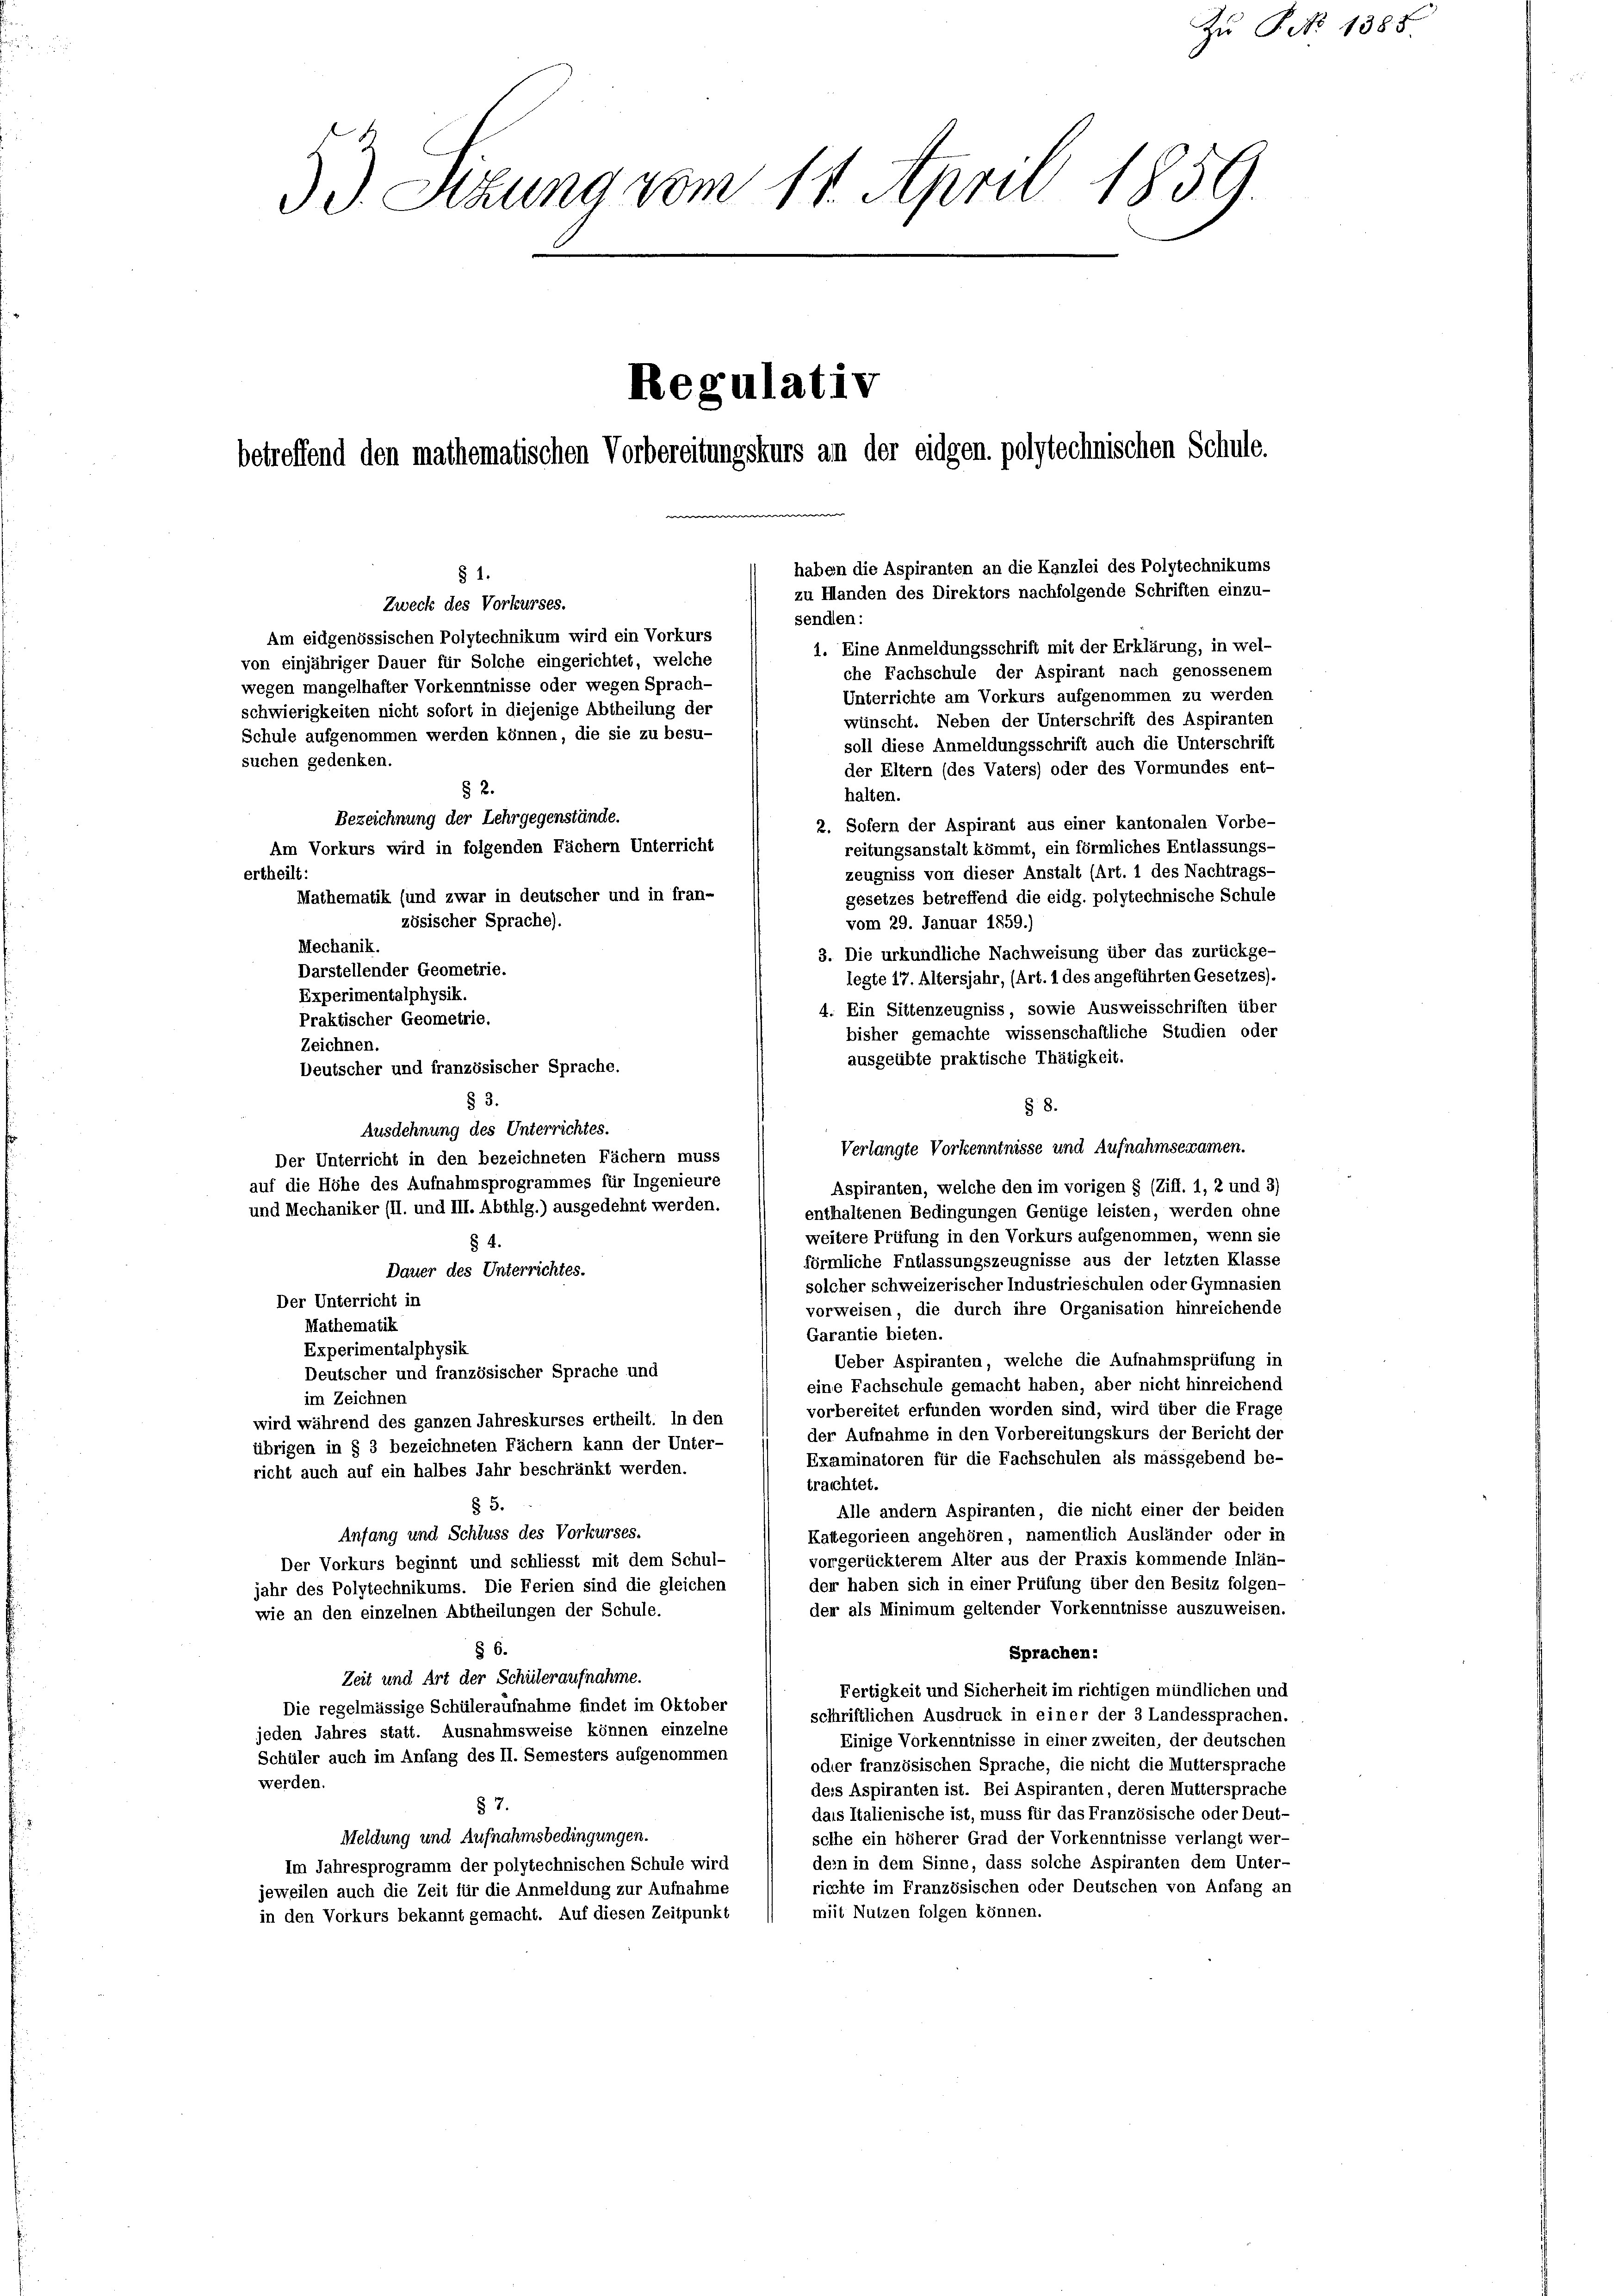
53. Sizung vom 11. April 1859.

Regulativ
betreffend den mathematischen Vorbereitungskurs an der eidgen. polytechnischen Schule.

§ 1.
Zweck des Vorkurses.
senden:
Am eidgenössischen Polytechnikum wird ein Vorkurs
1. Eine Anmeldungsschrift mit der Erklärung, in wel-
von einjähriger Dauer für Solche eingerichtet, welche
che Fachschule der Aspirant nach genossenem
wegen mangelhafter Vorkenntnisse oder wegen Sprach-
Unterrichte am Vorkurs aufgenommen zu werden
schwierigkeiten nicht sofort in diejenige Abtheilung der
wünscht. Neben der Unterschrift des Aspiranten
Schule aufgenommen werden können, die sie zu besu-
soll diese Anmeldungsschrift auch die Unterschrift
suchen gedenken.
der Eltern (des Vaters) oder des Vormundes ent-
§ 2.
halten.
Bezeichnung der Lehrgegenstände.
2. Sofern der Aspirant aus einer kantonalen Vorbe-
Am Vorkurs wird in folgenden Fächern Unterricht
reitungsanstalt kömmt, ein förmliches Entlassungs-
zeugniss von dieser Anstalt (Art. 1 des Nachtrags-
ertheilt:
Mathematik (und zwar in deutscher und in fran-
gesetzes betreffend die eidg. polytechnische Schule
zösischer Sprache).
vom 29. Januar 1859.)
Mechanik.
3. Die urkundliche Nachweisung über das zurückge-
Darstellender Geometrie.
legte 17. Altersjahr, (Art. 1 des angeführten Gesetzes).
Experimentalphysik.
4. Ein Sittenzeugniss, sowie Ausweisschriften über
Praktischer Geometrie.
bisher gemachte wissenschaftliche Studien oder
Zeichnen.
ausgeübte praktische Thätigkeit.
Deutscher und französischer Sprache.
§ 3.
§. 8.
Ausdehnung des Unterrichtes.
Verlangte Vorkenntnisse und Aufnahmsexamen.
Der Unterricht in den bezeichneten Fächern muss
auf die Höhe des Aufnahmsprogrammes für Ingenieure
Aspiranten, welche den im vorigen § (Ziff. 1, 2 und 3)
und Mechaniker (II. und III. Abthlg.) ausgedehnt werden.
enthaltenen Bedingungen Genüge leisten, werden ohne
weitere Prüfung in den Vorkurs aufgenommen, wenn sie
§ 4.
förmliche Entlassungszeugnisse aus der letzten Klasse
Dauer des Unterrichtes.
solcher schweizerischer Industrieschulen oder Gymnasien
Der Unterricht in
vorweisen, die durch ihre Organisation hinreichende
Mathematik
Garantie bieten.
Experimentalphysik
Ueber Aspiranten, welche die Aufnahmsprüfung in
Deutscher und französischer Sprache und
eine Fachschule gemacht haben, aber nicht hinreichend
im Zeichnen
vorbereitet erfunden worden sind, wird über die Frage
wird während des ganzen Jahreskurses ertheilt. In den
der Aufnahme in den Vorbereitungskurs der Bericht der
übrigen in § 3 bezeichneten Fächern kann der Unter-
Examinatoren für die Fachschulen als massgebend be-
richt auch auf ein halbes Jahr beschränkt werden.
trachtet.
§ 5.
Alle andern Aspiranten, die nicht einer der beiden
Anfang und Schluss des Vorkurses.
Kattegorieen angehören, namentlich Ausländer oder in
vorgerückterem Alter aus der Praxis kommende Inlän-
Der Vorkurs beginnt und schliesst mit dem Schul-
der haben sich in einer Prüfung über den Besitz folgen-
jahr des Polytechnikums. Die Ferien sind die gleichen
der als Minimum geltender Vorkenntnisse auszuweisen.
wie an den einzelnen Abtheilungen der Schule.
§ 6.
Sprachen:
Zeit und Art der Schüleraufnahme.
Fertigkeit und Sicherheit im richtigen mündlichen und
Die regelmässige Schüleraufnahme findet im Oktober
schriftlichen Ausdruck in einer der 3 Landessprachen.
jeden Jahres statt. Ausnahmsweise können einzelne
Einige Vorkenntnisse in einer zweiten, der deutschen
Schüler auch im Anfang des II. Semesters aufgenommen
odier französischen Sprache, die nicht die Muttersprache
werden.
ders Aspiranten ist. Bei Aspiranten, deren Muttersprache
§ 7.
das Italienische ist, muss für das Französische oder Deut-
Meldung und Aufnahmsbedingungen.
sclhe ein höherer Grad der Vorkenntnisse verlangt wer-
dern in dem Sinne, dass solche Aspiranten dem Unter-
Im Jahresprogramm der polytechnischen Schule wird
ricchte im Französischen oder Deutschen von Anfang an
jeweilen auch die Zeit für die Anmeldung zur Aufnahme
mit Nutzen folgen können.
in den Vorkurs bekannt gemacht. Auf diesen Zeitpunkt

haben die Aspiranten an die Kanzlei des Polytechnikums
zu Handen des Direktors nachfolgende Schriften einzu-

Zu P. No 1385.